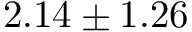
2 . 1 4 \pm 1 . 2 6